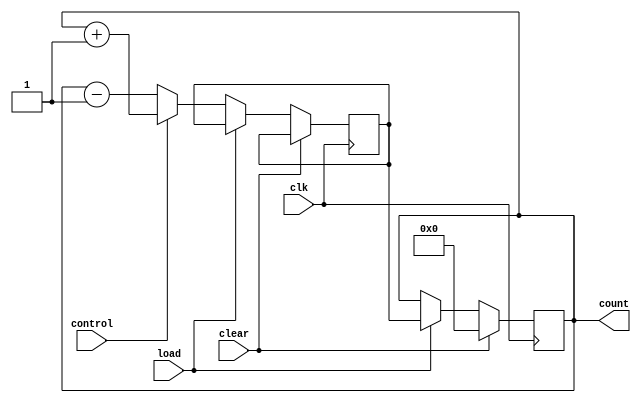
module UpDownCounter (
    input wire clk,
    input wire clear,
    input wire load,
    input wire control,
    output reg [7:0] count
);

reg [7:0] next_count;

always @ (posedge clk) begin
    if (clear) begin
        count <= 8'b0;
    end else if (load) begin
        count <= next_count;
    end else begin
        if (control) begin
            next_count <= count + 1;
        end else begin
            next_count <= count - 1;
        end
    end
end

endmodule